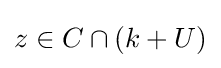
z\in C\cap (k+U)